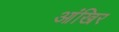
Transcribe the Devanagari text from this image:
आंखिर